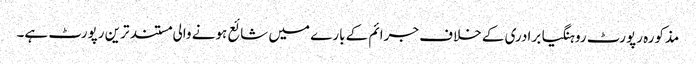
مذکورہ رپورٹ روہنگیا برادری کے خلاف جرائم کے بارے میں شائع ہونے والی مستند ترین رپورٹ ہے۔